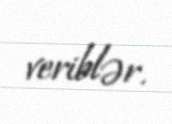
veriblər.